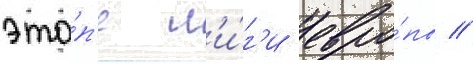
эта́п'е л'и́г'и евро́пы //